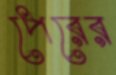
পেরের